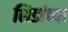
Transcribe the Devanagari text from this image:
शिडांच्या